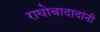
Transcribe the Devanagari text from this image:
राघोबादादांनी